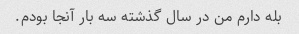
بله دارم من در سال گذشته سه بار آنجا بودم.